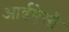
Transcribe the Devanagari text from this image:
आईऐसौ